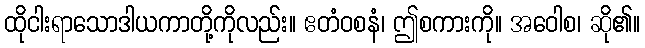
ထိုငါးရာသောဒါယကာတို့ကိုလည်း။ ဧတံဝစနံ၊ ဤစကားကို။ အဝေါစ၊ ဆို၏။